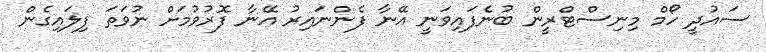
ސައުދީ ހޯމް މިނިސްޓްރީން ބުނެފައިވަނީ އޭނާ ފެންނައިރު އޭނާ ފޮރުވުމަށް ނުވަތަ ފިލައިގެން